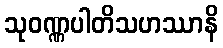
သုဝဏ္ဏပါတိသဟဿာနိ